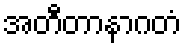
အတီတာနာဂတံ